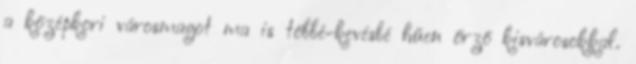
a középkori városmagot ma is többé-kevésbé hűen őrző kisvárosokkal.